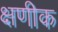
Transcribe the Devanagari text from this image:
क्षणीक